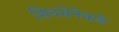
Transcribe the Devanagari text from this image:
शिवसेनेकडे